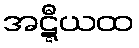
အဋ္ဋီယထ